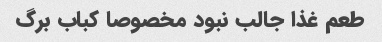
طعم غذا جالب نبود مخصوصا کباب برگ